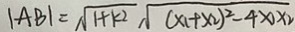
\vert A B \vert = \sqrt { 1 + k ^ { 2 } } \sqrt { ( x _ { 1 } + x _ { 2 } ) ^ { 2 } - 4 x \times 2 }